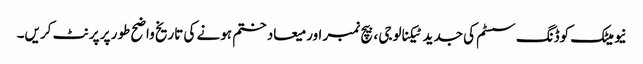
نیومیٹک کوڈنگ سسٹم کی جدید ٹیکنالوجی ، بیچ نمبر اور میعاد ختم ہونے کی تاریخ واضح طور پر پرنٹ کریں۔